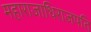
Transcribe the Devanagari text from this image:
महाराजाधिराजपति